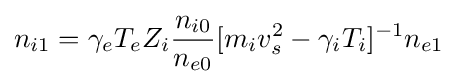
n_{i1}=\gamma _{e}T_{e}Z_{i}{n_{i0} \over n_{e0}}[m_{i}v_{s}^{2}-\gamma _{i}T_{i}]^{-1}n_{e1}